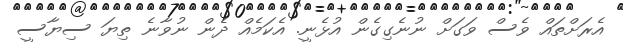
އެރަށްތައް ވެސް ވަގަށް ނުނެގިގެން އުޅެނީ. އެކަމެއް ދެން ނުވާނެ ތިޔަ ސިޔާސީ